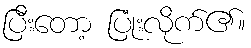
ပြီးတော့ ပြုံးလိုက်၏။